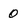
Character: 0